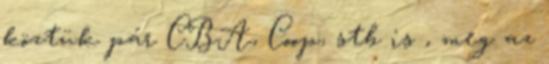
köztük pár CBA, Coop, stb is , meg az